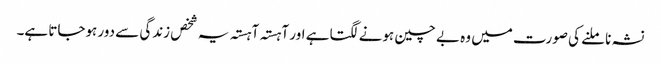
نشہ نا ملنے کی صورت میں وہ بے چین ہونے لگتا ہے اور آہستہ آہستہ یہ شخص زندگی سے دور ہوجاتا ہے۔